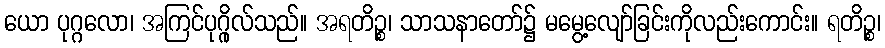
ယော ပုဂ္ဂလော၊ အကြင်ပုဂ္ဂိုလ်သည်။ အရတိဉ္စ၊ သာသနာတော်၌ မမွေ့လျော်ခြင်းကိုလည်းကောင်း။ ရတိဉ္စ၊